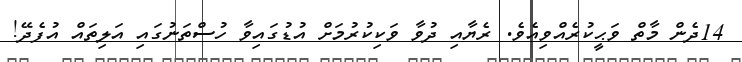
14ދެން މާތް ވަޙީކުރެއްވިއެވެ. ރެޔާއި ދުވާ ވަކިކުރުމަށް އުޑުގައިވާ ހުސްތަނުގައި އަލިތައް އުފެދޭ!